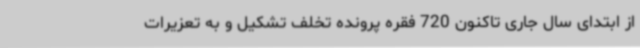
از ابتدای سال جاری تاکنون 720 فقره پرونده تخلف تشکیل و به تعزیرات